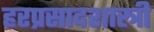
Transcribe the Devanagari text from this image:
हरप्रसादशास्त्री